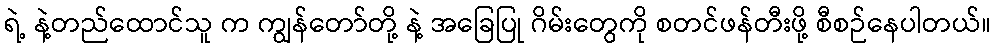
ရဲ့ နဲ့တည်ထောင်သူ က ကျွန်တော်တို့ နဲ့ အခြေပြု ဂိမ်းတွေကို စတင်ဖန်တီးဖို့ စီစဉ်နေပါတယ်။